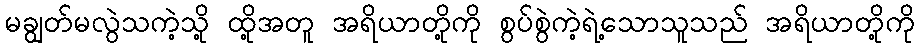
မချွတ်မလွဲသကဲ့သို့ ထို့အတူ အရိယာတို့ကို စွပ်စွဲကဲ့ရဲ့သောသူသည် အရိယာတို့ကို